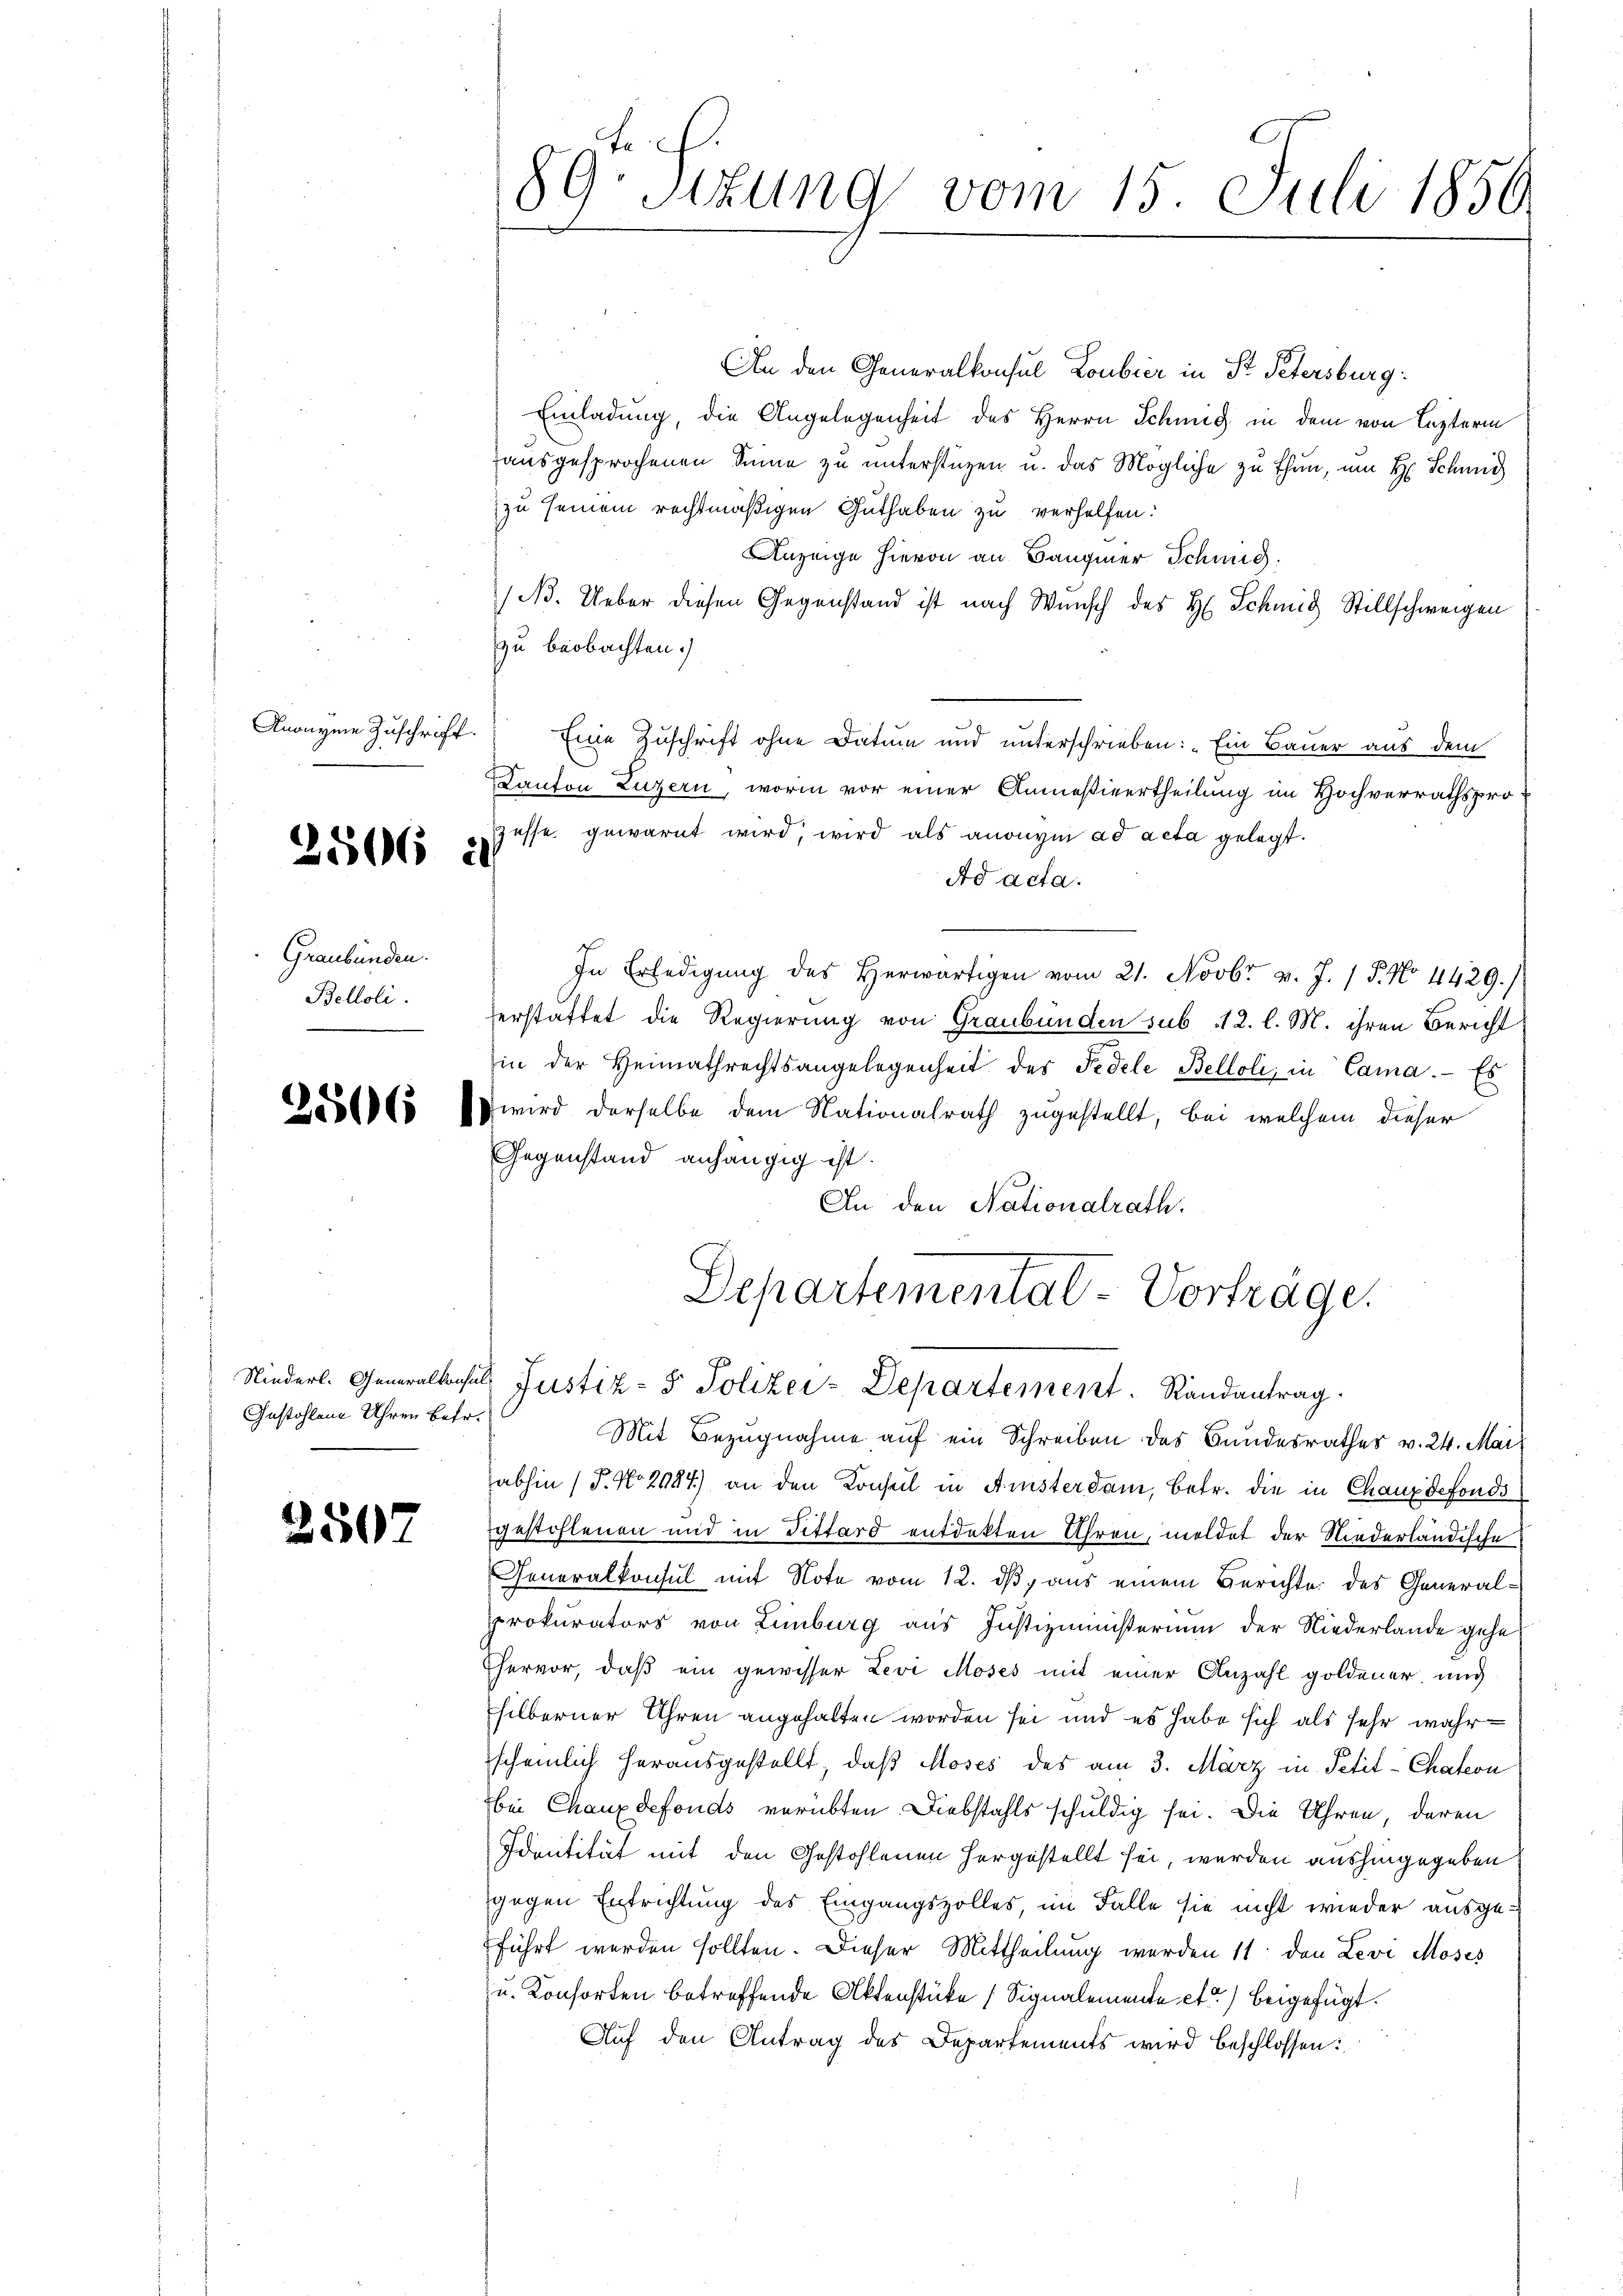
Anonyme Zuschrift.

2506 i

Graubünden.
Belloli.

2506

2507

Gestohlene Uhren Betr.

89. Sitzung vom 15. Juli 1850.

An den Generalkonsul Loubier in St. Petersburg
Einladung, die Angelegenheit des Herrn Schnig in dem von Lezterm
ausgesprochenen Sinne zu unterstüzen u. das Mögliche zu thun, um H. Schmid
zu seinem rechtmäßigen Guthaben zu verhelfen:
Anzeige hievon an Bauger Schweig
(B. Ueber diesen Gegenstand ist nach Wunsch des H. Schmid Stillschweigen
zu beobachten.
Eine Zuschrift ohne Datum und unterschrieben: „Ein Bauer aus dem
Kanton Luzern, worin vor einer Anmeßivertheilung im Hochverrathsprozesse gewarnt wird, wird als anonym ad acta gelegt.
Ad acta.
In Erledigŭng des herwärtigen vom 21. Novbr. v. J. 1 P. No 4429.)
erstattet die Regierung von Graubünden sub 112. l. M. ihren Bericht
in der Heimathrechtsangelegenheit des Fedele Belloli, in Cama. Es
s wird derselbe dem Nationalrath zugestellt, bei welchem dieser
Gegenstand anhängig ist.
An den Nationalrath.
Departementat-Vortrage.
Niederl. Generalkonsul Justiz- & Polizei-Departement. Randantrag
Mit Bezugnahme auf ein Schreiben des Bundesrathes v. 24. Mai
abhin (T. No 2084) an den Konsul in Aisterdam, betr. die in Chaux defonds
gestohlenen und in Fittard entdekten Uhren, meldet der Niederländische
Generalkonsul mit Note vom 12. ds, aus einem Berichte des Generalprokurators von Limburg aus Justizministerium der Niederlande gehe
Thervor, daß ein gewisser Levi Moses mit einer Anzahl goldener, und
silberner Uhren angehalten worden sei und es habe sich als sehr wahrscheinlich herausgestellt, daß Moses des am 3. März in Petit-Chateon
bei Chauxdefonds verübten Diebstahls schuldig sei. Die Uhren, deren
Identität mit den Gestohlenen hergestellt sei, werden aushingegeben
gegen Entrichtung des Eingangszolles, im Falle sie nicht wieder ausgeführt werden sollten. Dieser Mittheilung werden 11 den Levi Moses
u. Konsorten betreffende Aktenstüke (Signalemente etc.) beigefügt.
Auf den Antrag des Departements wird beschlossen: